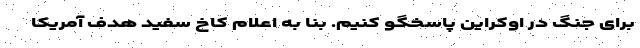
برای جنگ در اوکراین پاسخگو کنیم. بنا به اعلام کاخ سفید هدف آمریکا